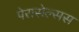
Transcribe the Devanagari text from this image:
पेरासेल्सस